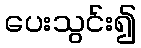
ပေးသွင်း၍